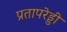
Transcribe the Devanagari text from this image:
प्रतापरेड्डी